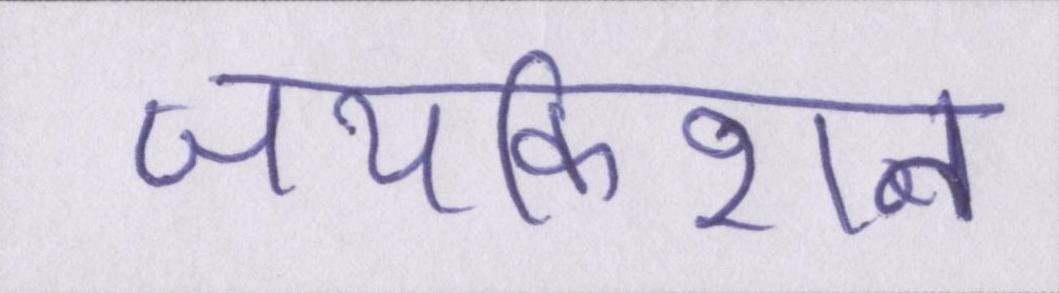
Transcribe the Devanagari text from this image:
जयकिशन